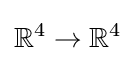
\mathbb {R} ^{4}\to \mathbb {R} ^{4}